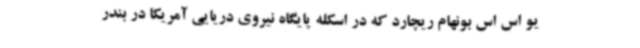
یو اس اس بونهام ریچارد که در اسکله پایگاه نیروی دریایی آمریکا در بندر